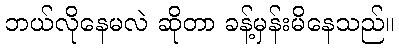
ဘယ်လိုနေမလဲ ဆိုတာ ခန့်မှန်းမိနေသည်။